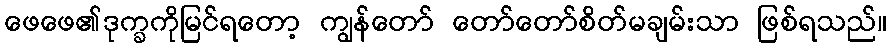
ဖေဖေ၏ဒုက္ခကိုမြင်ရတော့ ကျွန်တော် တော်တော်စိတ်မချမ်းသာ ဖြစ်ရသည်။